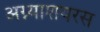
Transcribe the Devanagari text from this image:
अग्न्याशयरस